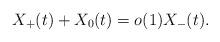
LaTeX: \begin{align*}X_+(t)+X_0(t)=o(1)X_-(t).\end{align*}